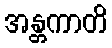
အန္တကာတိ